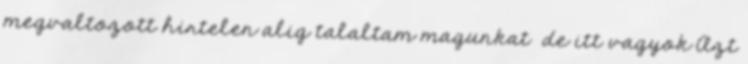
megvaltozott hirtelen alig talaltam magunkat de itt vagyok Azt